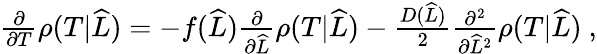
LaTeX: \begin{array}{r}{\frac{\partial}{\partial T}\rho(T|\widehat{L})=-f(\widehat{L})\frac{\partial}{\partial\widehat{L}}\rho(T|\widehat{L})-\frac{D(\widehat{L})}{2}\frac{\partial^{2}}{\partial\widehat{L}^{2}}\rho(T|\widehat{L})\ ,}\end{array}